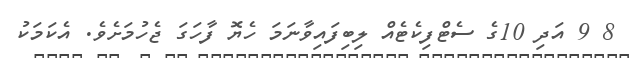
8 9 އަދި 10ގެ ސެޓްފިކެޓެއް ލިބިފައިވާނަމަ ހެޔޮ ފާހަގަ ޖެހުމަށެވެ. އެކަމަކު